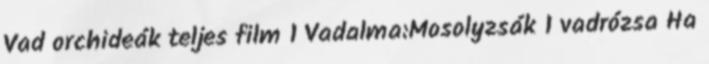
Vad orchideák teljes film 1 Vadalma:Mosolyzsák 1 vadrózsa Ha